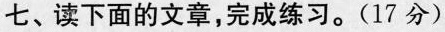
七、读下面的文章，完成练习。(17分)